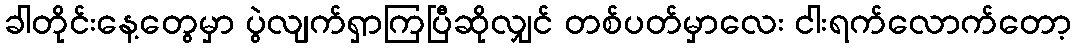
ခါတိုင်းနေ့တွေမှာ ပွဲလျက်ရှာကြပြီဆိုလျှင် တစ်ပတ်မှာလေး ငါးရက်လောက်တော့